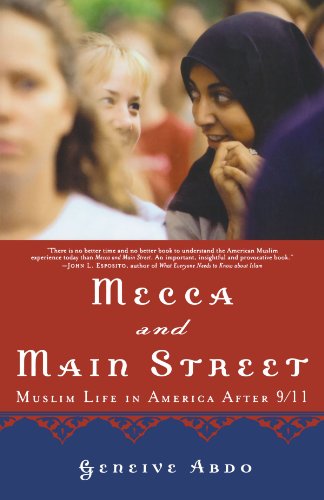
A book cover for Mecca and Main Street: Muslim Life in America after 9/11; Geneive Abdo; Religion & Spirituality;